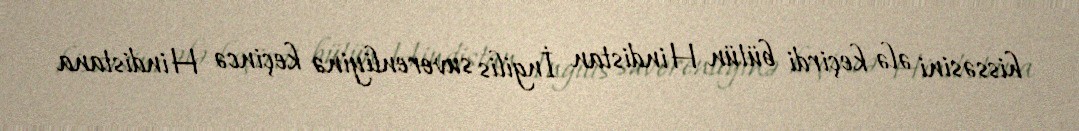
hissəsini ələ keçirdi bütün Hindistan İngilis suverenliyinə keçincə Hindistana